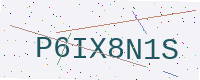
Text: P6IX8N1S